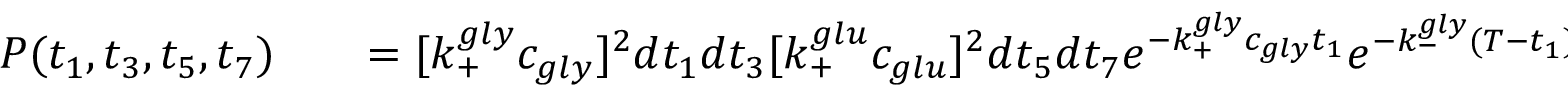
\begin{array} { r l r } { P ( t _ { 1 } , t _ { 3 } , t _ { 5 } , t _ { 7 } ) } & { { } } & { = [ k _ { + } ^ { g l y } c _ { g l y } ] ^ { 2 } d t _ { 1 } d t _ { 3 } [ k _ { + } ^ { g l u } c _ { g l u } ] ^ { 2 } d t _ { 5 } d t _ { 7 } e ^ { - k _ { + } ^ { g l y } c _ { g l y } t _ { 1 } } e ^ { - k _ { - } ^ { g l y } ( T - t _ { 1 } ) } e ^ { - k _ { + } ^ { g l y } c _ { g l y } t _ { 3 } } e ^ { - k _ { - } ^ { g l y } ( T - t _ { 3 } ) } e ^ { - k _ { + } ^ { g l u } c _ { g l u } t _ { 5 } } e ^ { - k _ { - } ^ { g l u } ( T - t _ { 5 } ) } } \end{array}